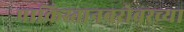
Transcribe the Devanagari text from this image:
पाकिस्तानबरोबरच्या